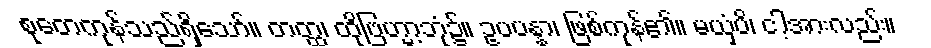
စုတေကုန်သည်ရှိသော်။ တတ္ထ၊ ထိုဗြဟ္မာ့ဘုံ၌။ ဥပပန္နာ၊ ဖြစ်ကုန်၏။ မယှံပိ၊ ငါ့အားလည်း။